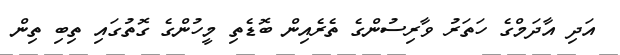
އަދި އާދަމްގެ ހަތަރު ވާރިސުންގެ ތެރެއިން ބޮޑެތި މީހުންގެ ގޮތުގައި ތިބި ތިން